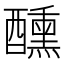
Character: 醺